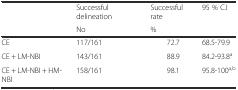
<table><thead><tr><td rowspan="2"></td><td><b>Successful delineation</b></td><td><b>Successful rate</b></td><td rowspan="2"><b>95 % C.I</b></td></tr><tr><td><b>No</b></td><td><b>%</b></td></tr></thead><tbody><tr><td>CE</td><td>117/161</td><td>72.7</td><td>68.5-79.9</td></tr><tr><td>CE + LM-NBI</td><td>143/161</td><td>88.9</td><td>84.2-93.8<sup>a</sup></td></tr><tr><td>CE + LM-NBI + HM-NBI</td><td>158/161</td><td>98.1</td><td>95.8-100<sup>a,b</sup></td></tr></tbody></table>